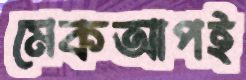
মেকআপই